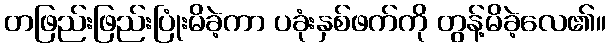
တဖြည်းဖြည်းပြုံးမိခဲ့ကာ ပခုံးနှစ်ဖက်ကို တွန့်မိခဲ့လေ၏။